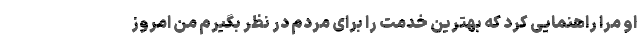
او مرا راهنمایی کرد که بهترین خدمت را برای مردم در نظر بگیرم من امروز